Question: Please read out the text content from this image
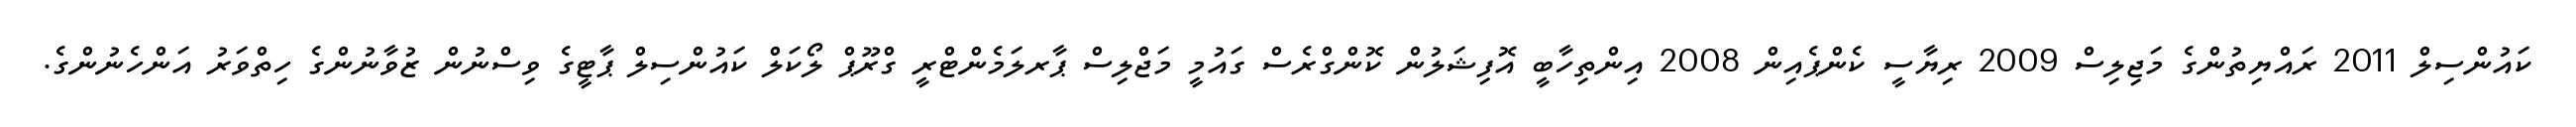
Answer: ކައުންސިލް 2011 ރައްޔިތުންގެ މަޖިލިސް 2009 ރިޔާސީ ކެންޕެއިން 2008 އިންތިހާބީ އޮފިޝަލުން ކޮންގްރެސް ގައުމީ މަޖްލިސް ޕާރލަމެންޓްރީ ގްރޫޕް ލޯކަލް ކައުންސިލް ޕާޓީގެ ވިސްނުން ޒުވާނުންގެ ހިތްވަރު އަންހެނުންގެ.